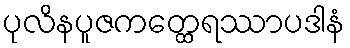
ပုလိနပူဇကတ္ထေရဿာပဒါနံ